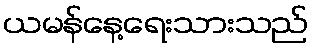
ယမန်နေ့ရေးသားသည်